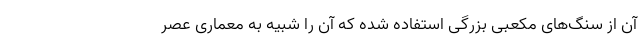
آن از سنگ‌های مکعبی بزرگی استفاده شده که آن را شبیه به معماری عصر